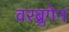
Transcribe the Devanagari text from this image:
वरब्रुगेन